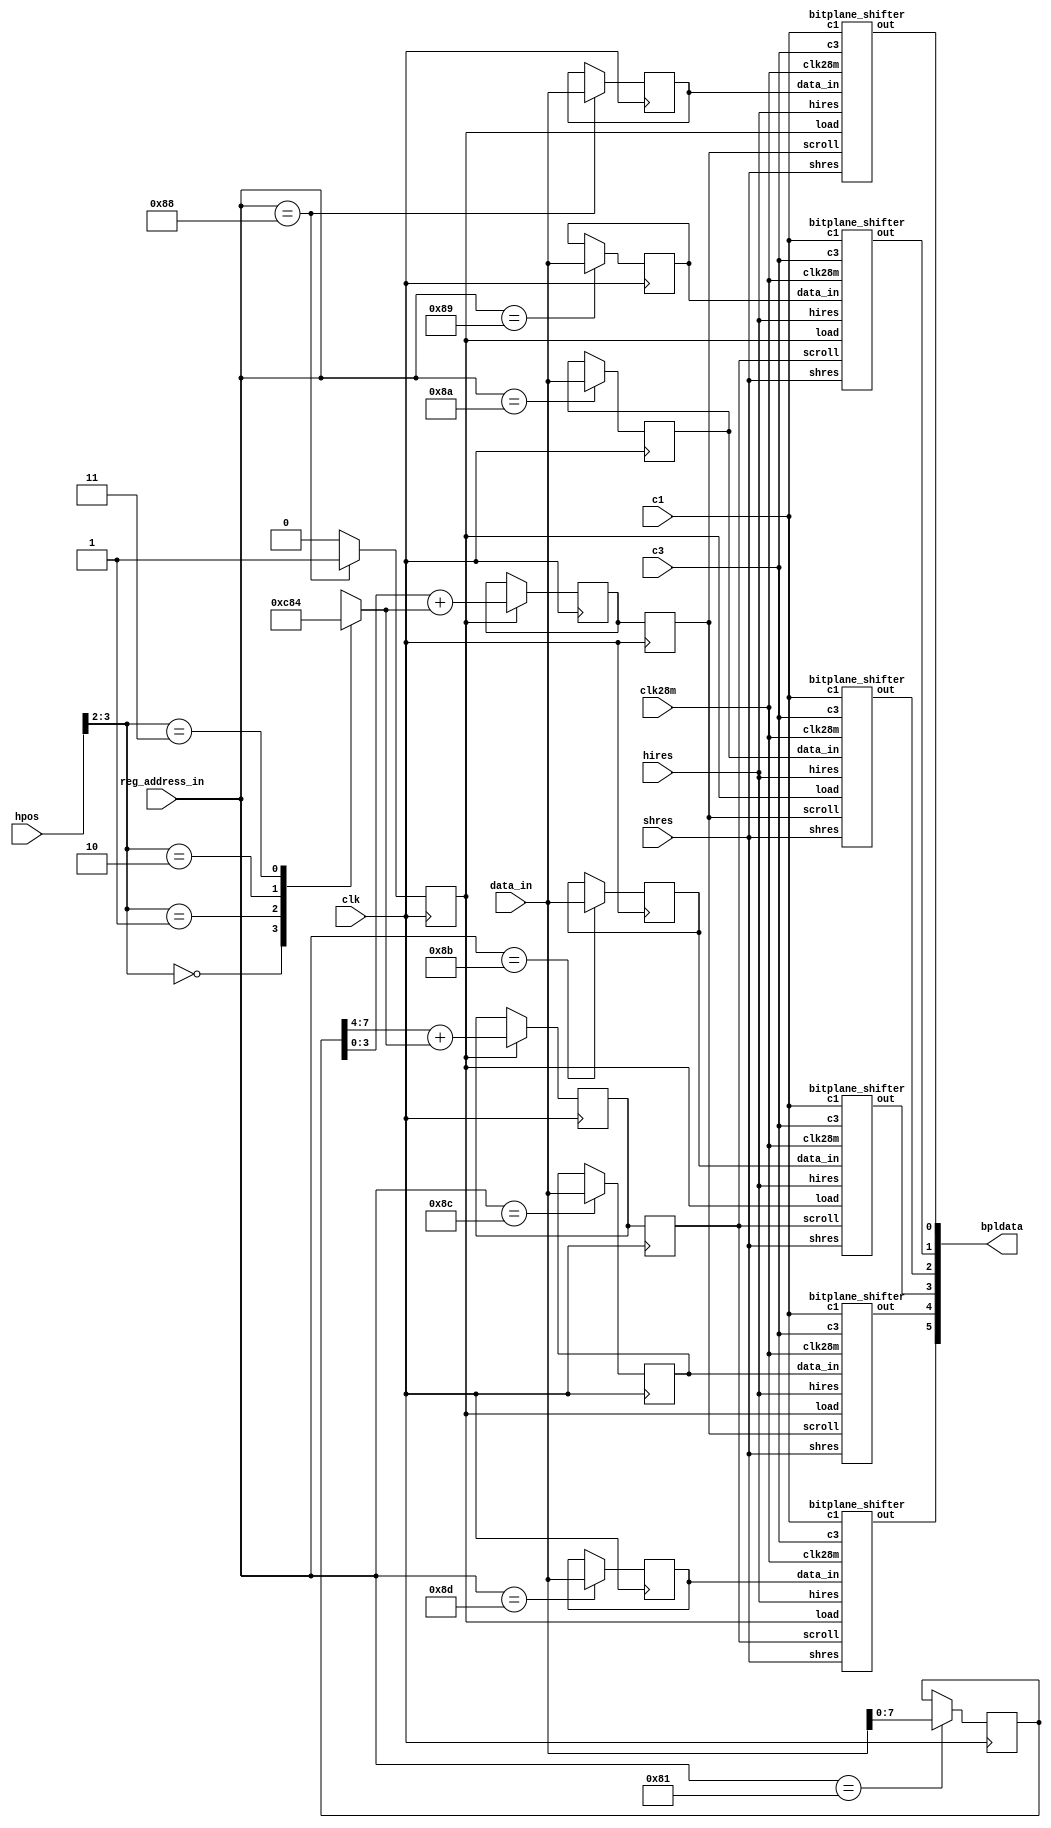
// Copyright 2006, 2007 Dennis van Weeren
//
// This file is part of Minimig
//
// Minimig is free software; you can redistribute it and/or modify
// it under the terms of the GNU General Public License as published by
// the Free Software Foundation; either version 3 of the License, or
// (at your option) any later version.
//
// Minimig is distributed in the hope that it will be useful,
// but WITHOUT ANY WARRANTY; without even the implied warranty of
// MERCHANTABILITY or FITNESS FOR A PARTICULAR PURPOSE.  See the
// GNU General Public License for more details.
//
// You should have received a copy of the GNU General Public License
// along with this program.  If not, see <http://www.gnu.org/licenses/>.
//
//
//
// This is the bitplane part of denise 
// It accepts data from the bus and converts it to serial video data (6 bits).
// It supports all ocs modes and also handles the pf1<->pf2 priority handling in
// a seperate module.
//
// 11-05-2005	-started coding
// 15-05-2005	-first finished version
// 16-05-2005	-fixed hires scrolling, now you can fetch 2 words early
// 22-05-2005	-fixed bug in dual playfield mode when both playfields where transparant
// 22-06-2005	-moved playfield engine / priority logic to seperate module
// ----------
// JB:
// 2008-12-27	- addapted playfield horizontal scrolling
// 2009-02-09	- added hpos for proper horizontal scroll of non-aligned dma fetches
// 2009-05-24	- clean-up & renaming
// 2009-10-07	- pixel pipe line extra delay (alligment of bitplane data and copper colour change)


module bitplanes
(
	input 	clk,		   			// system bus clock
	input 	clk28m,					// 35ns pixel clock
	input 	c1,						// 35ns clock enable signals (for synchronization with clk)
	input 	c3,
	input 	[8:1] reg_address_in, 	// register address
	input 	[15:0] data_in,	 		// bus data in
	input 	hires,		   			// high resolution mode select
	input 	shres,		   			// super high resolution mode select
	input	[8:0] hpos,				// horizontal position (70ns resolution)
	output 	[6:1] bpldata			// bitplane data out
);
//register names and adresses
parameter BPLCON1 = 9'h102;  		
parameter BPL1DAT = 9'h110;
parameter BPL2DAT = 9'h112;
parameter BPL3DAT = 9'h114;
parameter BPL4DAT = 9'h116;
parameter BPL5DAT = 9'h118;
parameter BPL6DAT = 9'h11a;

//local signals
reg 	[7:0] bplcon1;		// bplcon1 register
reg		[15:0] bpl1dat;		// buffer register for bit plane 2
reg		[15:0] bpl2dat;		// buffer register for bit plane 2
reg		[15:0] bpl3dat;		// buffer register for bit plane 3
reg		[15:0] bpl4dat;		// buffer register for bit plane 4
reg		[15:0] bpl5dat;		// buffer register for bit plane 5
reg		[15:0] bpl6dat;		// buffer register for bit plane 6
reg		load;				// bpl1dat written => load shif registers

reg		[3:0] extra_delay;	// extra delay when not alligned ddfstart
reg		[3:0] pf1h;			// playfield 1 horizontal scroll
reg		[3:0] pf2h;			// playfield 2 horizontal scroll
reg		[3:0] pf1h_del;		// delayed playfield 1 horizontal scroll
reg		[3:0] pf2h_del;		// delayed playfield 2 horizontal scroll

//--------------------------------------------------------------------------------------

// horizontal scroll depends on horizontal position when BPL0DAT in written
// visible display scroll is updated on fetch boundaries
// increasing scroll value during active display inserts blank pixels

always @(hpos)
	case (hpos[3:2])
		2'b00 : extra_delay = 4'b0000;
		2'b01 : extra_delay = 4'b1100;
		2'b10 : extra_delay = 4'b1000;
		2'b11 : extra_delay = 4'b0100;
	endcase

//playfield 1 effective horizontal scroll
always @(posedge clk)
	if (load)
		pf1h <= bplcon1[3:0] + extra_delay;

always @(posedge clk)
	pf1h_del <= pf1h;
		
//playfield 2 effective horizontal scroll
always @(posedge clk)
	if (load)
		pf2h <= bplcon1[7:4] + extra_delay;

always @(posedge clk)
	pf2h_del <= pf2h;
	
//writing bplcon1 register : horizontal scroll codes for even and odd bitplanes
always @(posedge clk)
	if (reg_address_in[8:1]==BPLCON1[8:1])
		bplcon1 <= data_in[7:0];

//--------------------------------------------------------------------------------------

//bitplane buffer register for plane 1
always @(posedge clk)
	if (reg_address_in[8:1]==BPL1DAT[8:1])
		bpl1dat <= data_in[15:0];
		
//bitplane buffer register for plane 2
always @(posedge clk)
	if (reg_address_in[8:1]==BPL2DAT[8:1])
		bpl2dat <= data_in[15:0];

//bitplane buffer register for plane 3
always @(posedge clk)
	if (reg_address_in[8:1]==BPL3DAT[8:1])
		bpl3dat <= data_in[15:0];

//bitplane buffer register for plane 4
always @(posedge clk)
	if (reg_address_in[8:1]==BPL4DAT[8:1])
		bpl4dat <= data_in[15:0];

//bitplane buffer register for plane 5
always @(posedge clk)
	if (reg_address_in[8:1]==BPL5DAT[8:1])
		bpl5dat <= data_in[15:0];

//bitplane buffer register for plane 6
always @(posedge clk)
	if (reg_address_in[8:1]==BPL6DAT[8:1])
		bpl6dat <= data_in[15:0];

//generate load signal when plane 1 is written
always @(posedge clk)
	load <= reg_address_in[8:1]==BPL1DAT[8:1] ? 1'b1 : 1'b0;

//--------------------------------------------------------------------------------------

//instantiate bitplane 1 parallel to serial converters, this plane is loaded directly from bus
bitplane_shifter bplshft1 
(
	.clk28m(clk28m),
	.c1(c1),
	.c3(c3),
	.load(load),
	.hires(hires),
	.shres(shres),
	.data_in(bpl1dat),
	.scroll(pf1h_del),
	.out(bpldata[1])	
);

//instantiate bitplane 2 to 6 parallel to serial converters, (loaded from buffer registers)
bitplane_shifter bplshft2 
(	
	.clk28m(clk28m),
	.c1(c1),
	.c3(c3),
	.load(load),
	.hires(hires),
	.shres(shres),
	.data_in(bpl2dat),
	.scroll(pf2h_del),
	.out(bpldata[2])	
);

bitplane_shifter bplshft3 
(	
	.clk28m(clk28m),
	.c1(c1),
	.c3(c3),
	.load(load),
	.hires(hires),
	.shres(shres),
	.data_in(bpl3dat),
	.scroll(pf1h_del),
	.out(bpldata[3])	
);

bitplane_shifter bplshft4 
(	
	.clk28m(clk28m),
	.c1(c1),
	.c3(c3),
	.load(load),
	.hires(hires),
	.shres(shres),
	.data_in(bpl4dat),
	.scroll(pf2h_del),
	.out(bpldata[4])	
);

bitplane_shifter bplshft5 
(	
	.clk28m(clk28m),
	.c1(c1),
	.c3(c3),
	.load(load),
	.hires(hires),
	.shres(shres),
	.data_in(bpl5dat),
	.scroll(pf1h_del),
	.out(bpldata[5])	
);

bitplane_shifter bplshft6 
(	
	.clk28m(clk28m),
	.c1(c1),
	.c3(c3),
	.load(load),
	.hires(hires),
	.shres(shres),
	.data_in(bpl6dat),
	.scroll(pf2h_del),
	.out(bpldata[6])	
);

//--------------------------------------------------------------------------------------

endmodule

//--------------------------------------------------------------------------------------
//--------------------------------------------------------------------------------------

//This is the playfield engine.
//It takes the raw bitplane data and generates a
//single or dual playfield
//it also generated the nplayfield valid data signals which are needed
//by the main video priority logic in Denise

module playfields
(
	input 	[6:1] bpldata,	   		//raw bitplane data in
	input 	dblpf,		   			//double playfield select
	input	[6:0] bplcon2,			//bplcon2 (playfields priority)
	output	reg [2:1] nplayfield,	//playfield 1,2 valid data
	output	reg [5:0] plfdata		//playfield data out
);

//local signals
wire pf2pri;						//playfield 2 priority over playfield 1
wire [2:0] pf2p;					//playfield 2 priority code

assign pf2pri = bplcon2[6];
assign pf2p = bplcon2[5:3];

//generate playfield 1,2 data valid signals
always @(dblpf or bpldata)
begin
	if (dblpf) //dual playfield
	begin
		if (bpldata[5] || bpldata[3] || bpldata[1]) //detect data valid for playfield 1
			nplayfield[1] = 1;
		else
			nplayfield[1] = 0;
			
		if (bpldata[6] || bpldata[4] || bpldata[2]) //detect data valid for playfield 2
			nplayfield[2] = 1;
		else
			nplayfield[2] = 0;	
	end
	else //single playfield is always playfield 2
	begin
		nplayfield[1] = 0;
		if (bpldata[6:1]!=6'b000000)
			nplayfield[2] = 1;
		else
			nplayfield[2] = 0;	
	end
end

//--------------------------------------------------------------------------------------

//playfield 1 and 2 priority logic
always @(nplayfield or dblpf or pf2pri or bpldata or pf2p)
begin
	if (dblpf) //dual playfield
	begin
		if (pf2pri) //playfield 2 (2,4,6) has priority
		begin
			if (nplayfield[2])
				plfdata[5:0] = {3'b001,bpldata[6],bpldata[4],bpldata[2]};
			else if (nplayfield[1])
				plfdata[5:0] = {3'b000,bpldata[5],bpldata[3],bpldata[1]};
			else //both planes transparant, select background color
				plfdata[5:0] = 6'b000000;
		end
		else //playfield 1 (1,3,5) has priority
		begin
			if (nplayfield[1])
				plfdata[5:0] = {3'b000,bpldata[5],bpldata[3],bpldata[1]};
			else if (nplayfield[2])
				plfdata[5:0] = {3'b001,bpldata[6],bpldata[4],bpldata[2]};
			else //both planes transparant, select background color
				plfdata[5:0] = 6'b000000;
		end
	end
	else //normal single playfield (playfield 2 only)
	//OCS/ECS undocumented feature when bpu=5 and pf2pri>5 (Swiv score display)
		if (pf2p>5 && bpldata[5])
			plfdata[5:0] = {6'b010000};
		else
			plfdata[5:0] = bpldata[6:1];
end

//--------------------------------------------------------------------------------------

endmodule

//--------------------------------------------------------------------------------------
//--------------------------------------------------------------------------------------

//this is the bitplane parallel to serial converter
module bitplane_shifter
(
	input 	clk28m,		   		//35ns pixel clock
	input	c1,
	input	c3,
	input	load,				//load shift register
	input	hires,				//high resolution select
	input	shres,				//super high resolution select (takes priority over hires)
	input	[15:0] data_in,		//parallel load data input
	input	[3:0] scroll,		//scrolling value
	output	out					//shift register out
);

//local signals
reg		[15:0] shifter;			//main shifter
reg		[15:0] scroller;		//scroller shifter
reg		shift;					//shifter enable
reg	 	[3:0] select;			//delayed pixel select
wire	scroller_out;
reg		[3:0] delay;

//--------------------------------------------------------------------------------------

//main shifter
always @(posedge clk28m)
	if (load && !c1 && !c3) //load new data into shifter
		shifter[15:0] <= data_in[15:0];
	else if (shift) //shift already loaded data
		shifter[15:0] <= {shifter[14:0],1'b0};

always @(posedge clk28m)
	if (shift) //shift scroller data
		scroller[15:0] <= {scroller[14:0],shifter[15]};

assign scroller_out = scroller[select[3:0]];//select odd pixel

//--------------------------------------------------------------------------------------

//delay by one low resolution pixel
always @(posedge clk28m)
	delay[3:0] <= {delay[2:0], scroller_out};
	
// select output pixel
assign out = delay[3];

//--------------------------------------------------------------------------------------

// main shifter and scroller control
always @(hires or shres or scroll or c1 or c3)
	if (shres) // super hires mode
	begin
		shift = 1'b1; // shifter always enabled
		select[3:0] = {scroll[1:0],2'b11}; // scroll in 4 pixel steps
	end
	else if (hires) // hires mode
	begin
		shift = ~c1 ^ c3; // shifter enabled every other clock cycle
		select[3:0] = {scroll[2:0],1'b1}; // scroll in 2 pixel steps
	end
	else // lowres mode
	begin
		shift = ~c1 & ~c3; // shifter enabled once every 4 clock cycles
		select[3:0] = scroll[3:0]; // scroll in 1 pixel steps
	end
			
endmodule